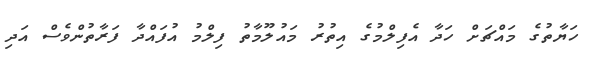
ހަޔާތުގެ މައްޗަށް ހަދާ އެފިލްމުގެ އިތުރު މައުލޫމާތު ފިލްމު އުފައްދާ ފަރާތުންވެސް އަދި